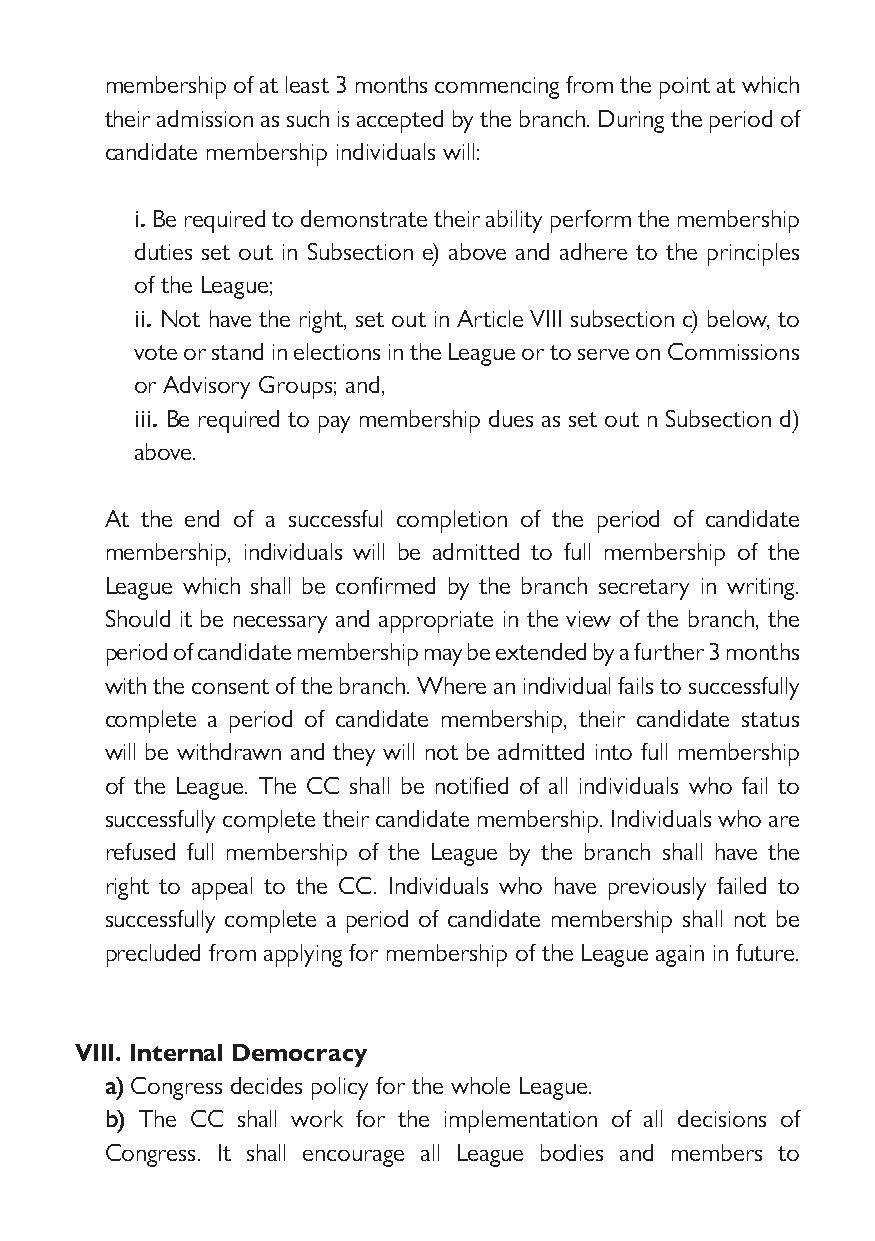
membership of at least 3 months commencing from the point at which
 their admission as such is accepted by the branch. During the period of
 candidate membership individuals will:
 i. Be required to demonstrate their ability perform the membership
 duties set out in Subsection e) above and adhere to the principles
 of the League;
 ii. Not have the right, set out in Article VIII subsection c) below, to
 vote or stand in elections in the League or to serve on Commissions
 or Advisory Groups; and,
 iii. Be required to pay membership dues as set out n Subsection d)
 above.
 At the end of a successful completion of the period of candidate
 membership, individuals will be admitted to full membership of the
 League which shall be confirmed by the branch secretary in writing.
 Should it be necessary and appropriate in the view of the branch, the
 period of candidate membership may be extended by a further 3 months
 with the consent of the branch. Where an individual fails to successfully
 complete a period of candidate membership, their candidate status
 will be withdrawn and they will not be admitted into full membership
 of the League. The CC shall be notified of all individuals who fail to
 successfully complete their candidate membership. Individuals who are
 refused full membership of the League by the branch shall have the
 right to appeal to the CC. Individuals who have previously failed to
 successfully complete a period of candidate membership shall not be
 precluded from applying for membership of the League again in future.
 VIII. Internal Democracy
 a) Congress decides policy for the whole League.
 b) The CC shall work for the implementation of all decisions of
 Congress. It shall encourage all League bodies and members to